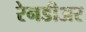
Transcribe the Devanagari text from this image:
रेनडीअर